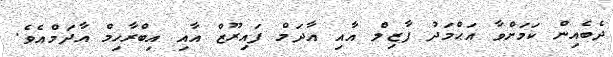
ދެބެއިން ކަމަށްވާ އަޙްމަދު ފާޒިލް އާއި އާދަމް ފައިރޫޒް އާއި އިބްރާހިމް އާދަމްއެވެ.